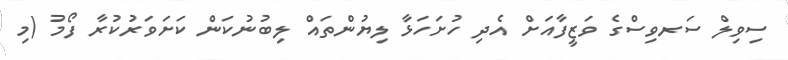
ސިވިލް ސަރވިސްގެ ވަޒީފާއަށް އެދި ހުށަހަޅާ ލިޔުންތައް ލިބުނުކަން ކަށަވަރުކުރާ ފޯމު (މި